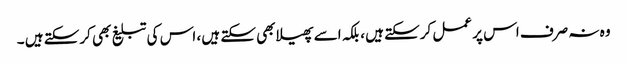
وہ نہ صرف اس پر عمل کرسکتے ہیں ، بلکہ اسے پھیلابھی سکتے ہیں ، اس کی تبلیغ بھی کرسکتے ہیں ۔